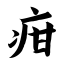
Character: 疳